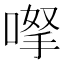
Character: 𠸎